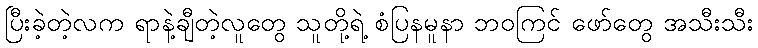
ပြီးခဲ့တဲ့လက ရာနဲ့ချီတဲ့လူတွေ သူတို့ရဲ့ စံပြနမူနာ ဘဝကြင် ဖော်တွေ အသီးသီး